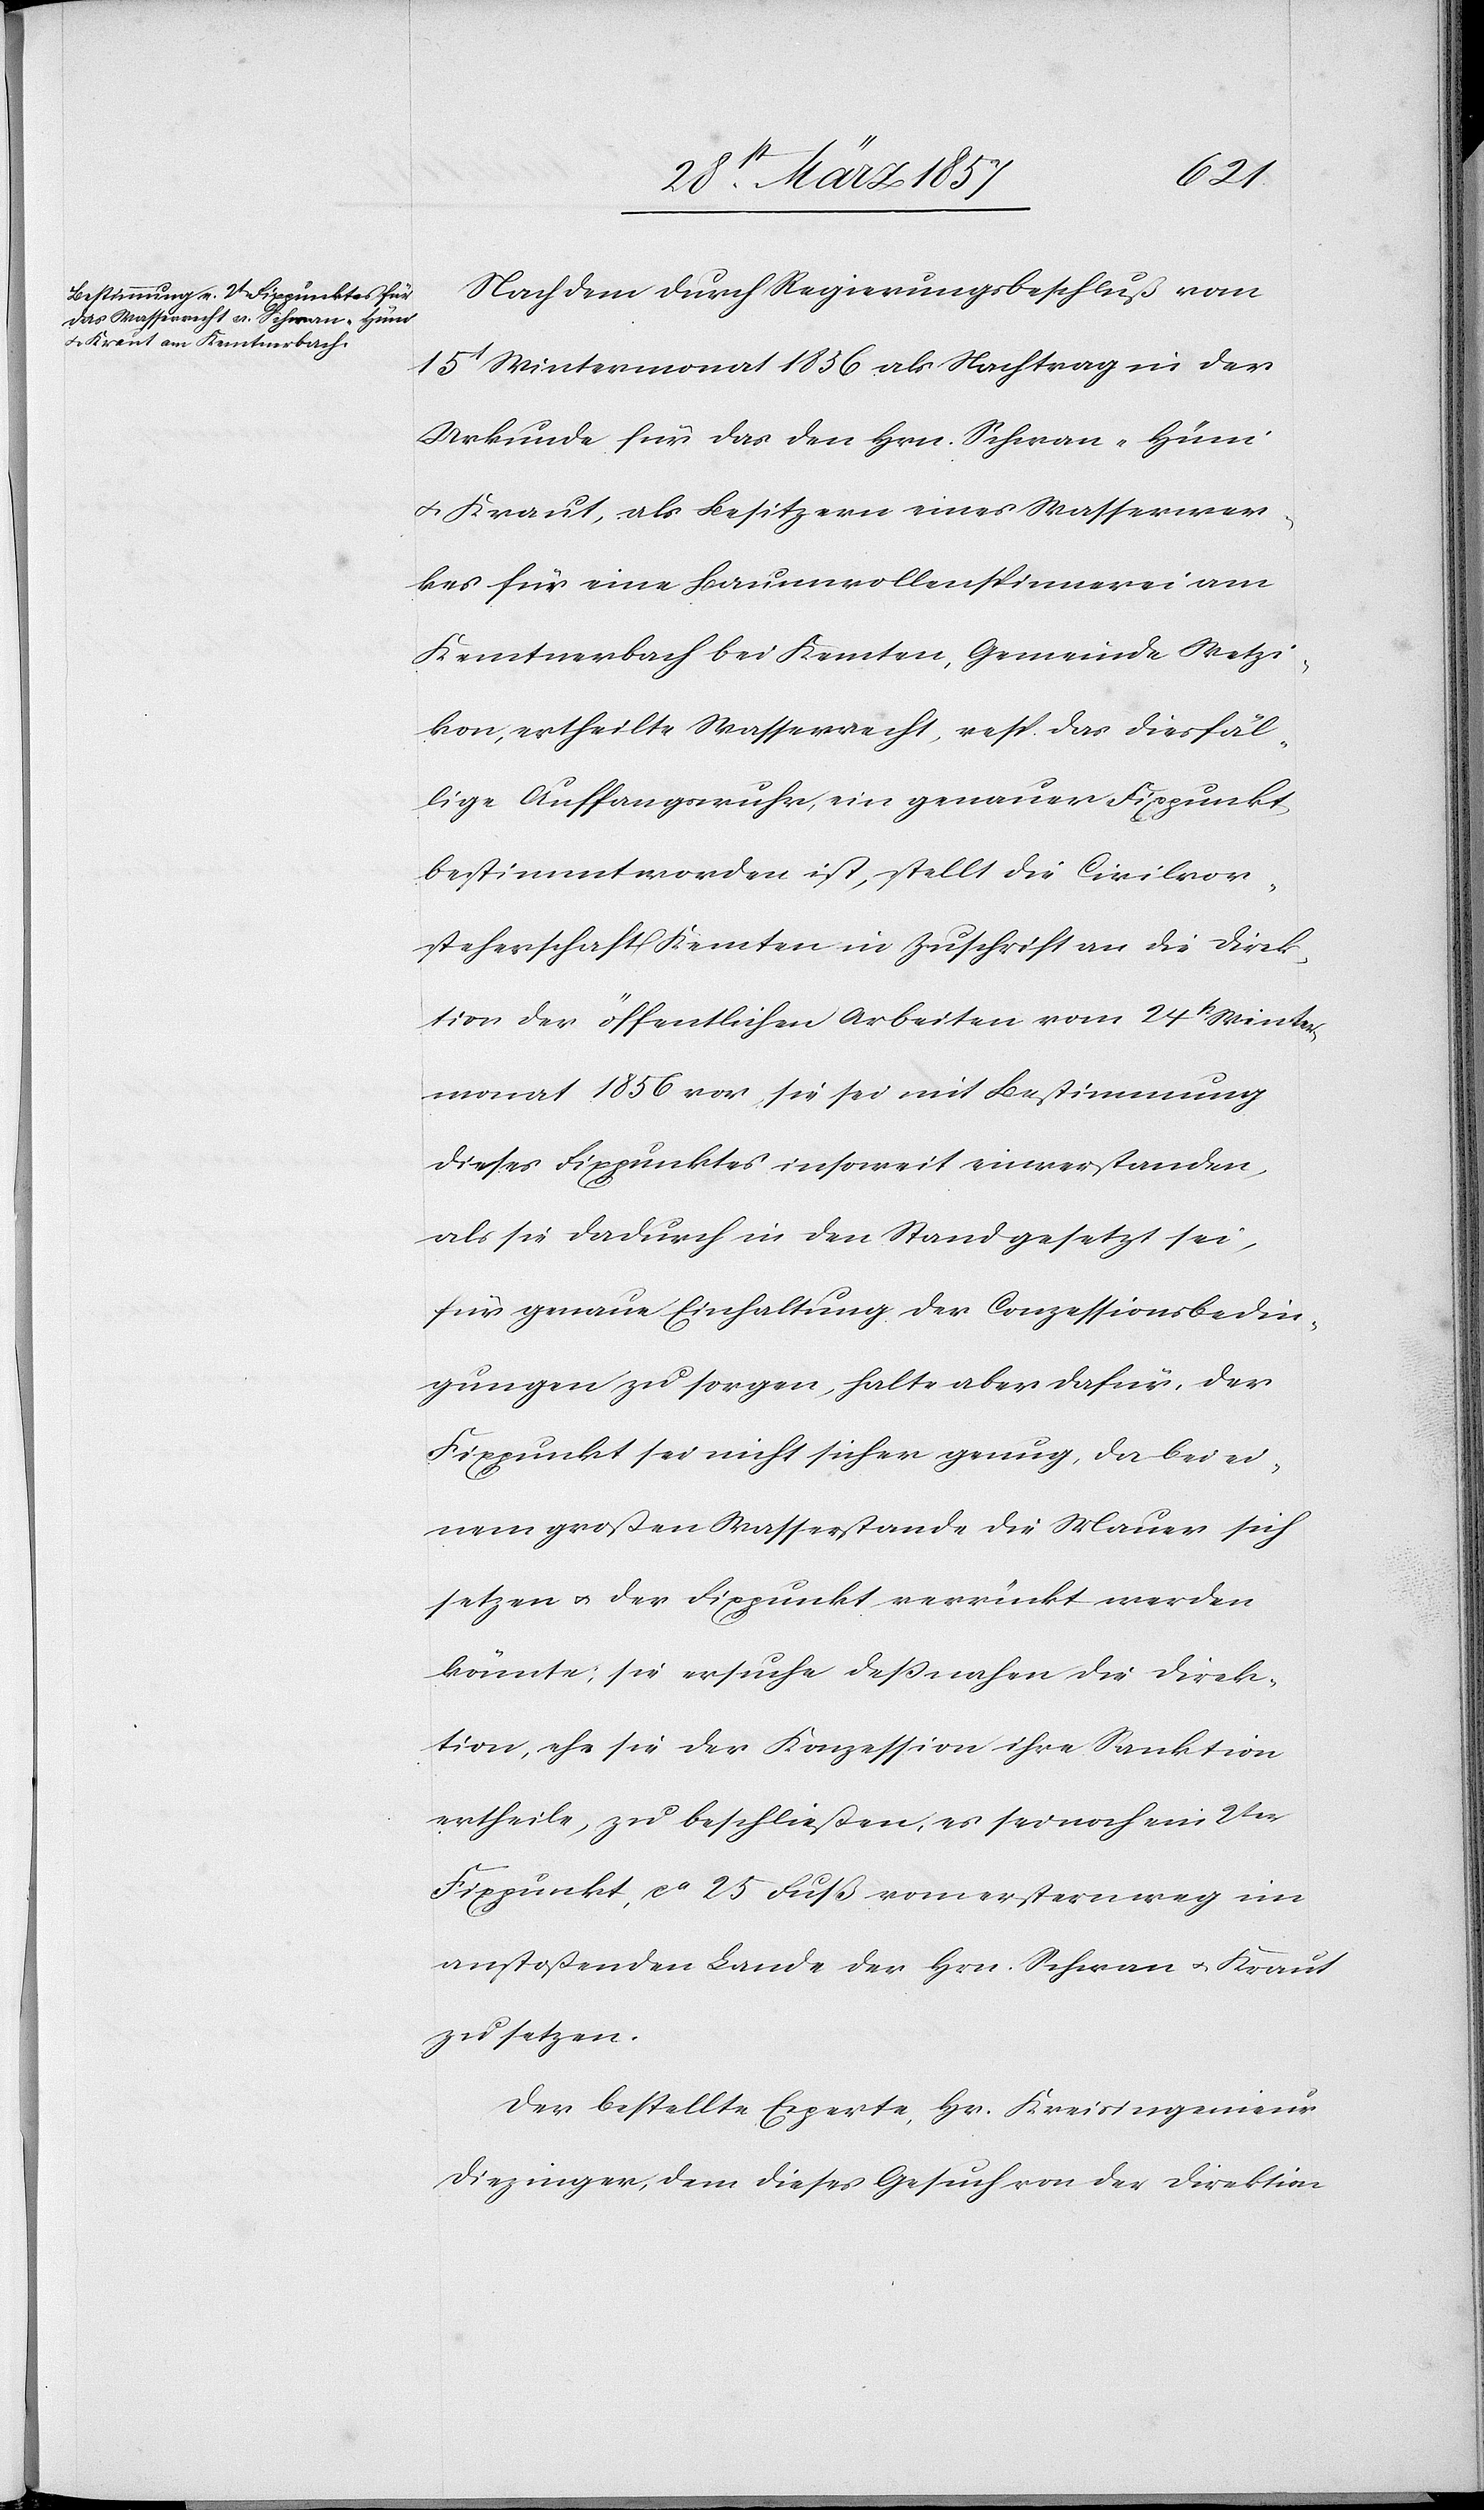
Nach dem durch Regierungsbeschluß vom
15t Wintermonat 1836 als Nachtrag in der
Urkunde für das den Hrn. Schwan-Hüni
u. Kraut, als Besitzern eines Wasserwer¬
kes für eine Baumwollenspinnerei am
Kemtnerbach bei Kemten, Gemeinde Wetzi¬
kon, ertheilte Wasserrecht, resp. das diesfäl¬
lige Auffangswuhr, ein genauer Fixpunkt
bestimmt worden ist, stellt die Civilvor¬
steherschaft Kemten in Zuschrift an die Direk¬
tion der öffentlichen Arbeiten vom 24st Winter¬
monat 1856 vor, sie sei mit Bestimmung
dieses Fixpunktes insoweit einverstanden,
als sie dadurch in den Stand gesetzt sei,
für genaue Einhaltung der Conzessionsbedin¬
gungen zu sorgen, halte aber dafür, der
Fixpunkt sei nicht sicher genug, da bei ei¬
nem großen Wasserstande die Mauer sich
setzen u. der Fixpunkt verrückt werden
könnte; sie ersuche deßnahen die Direk¬
tion, ehe sie der Konzession ihre Sanktion
ertheile, zu beschließen, es sei noch ein 2ter
Fixpunkt, ca 25 Fuß vom erstern weg im
anstoßenden Lande der Hrn. Schwan u. Kraut
zu setzen.
Der bestellte Experte, Hr. Kreisingenieur
Diezinger, dem dieses Gesuch von der Direktion